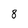
Character: 8